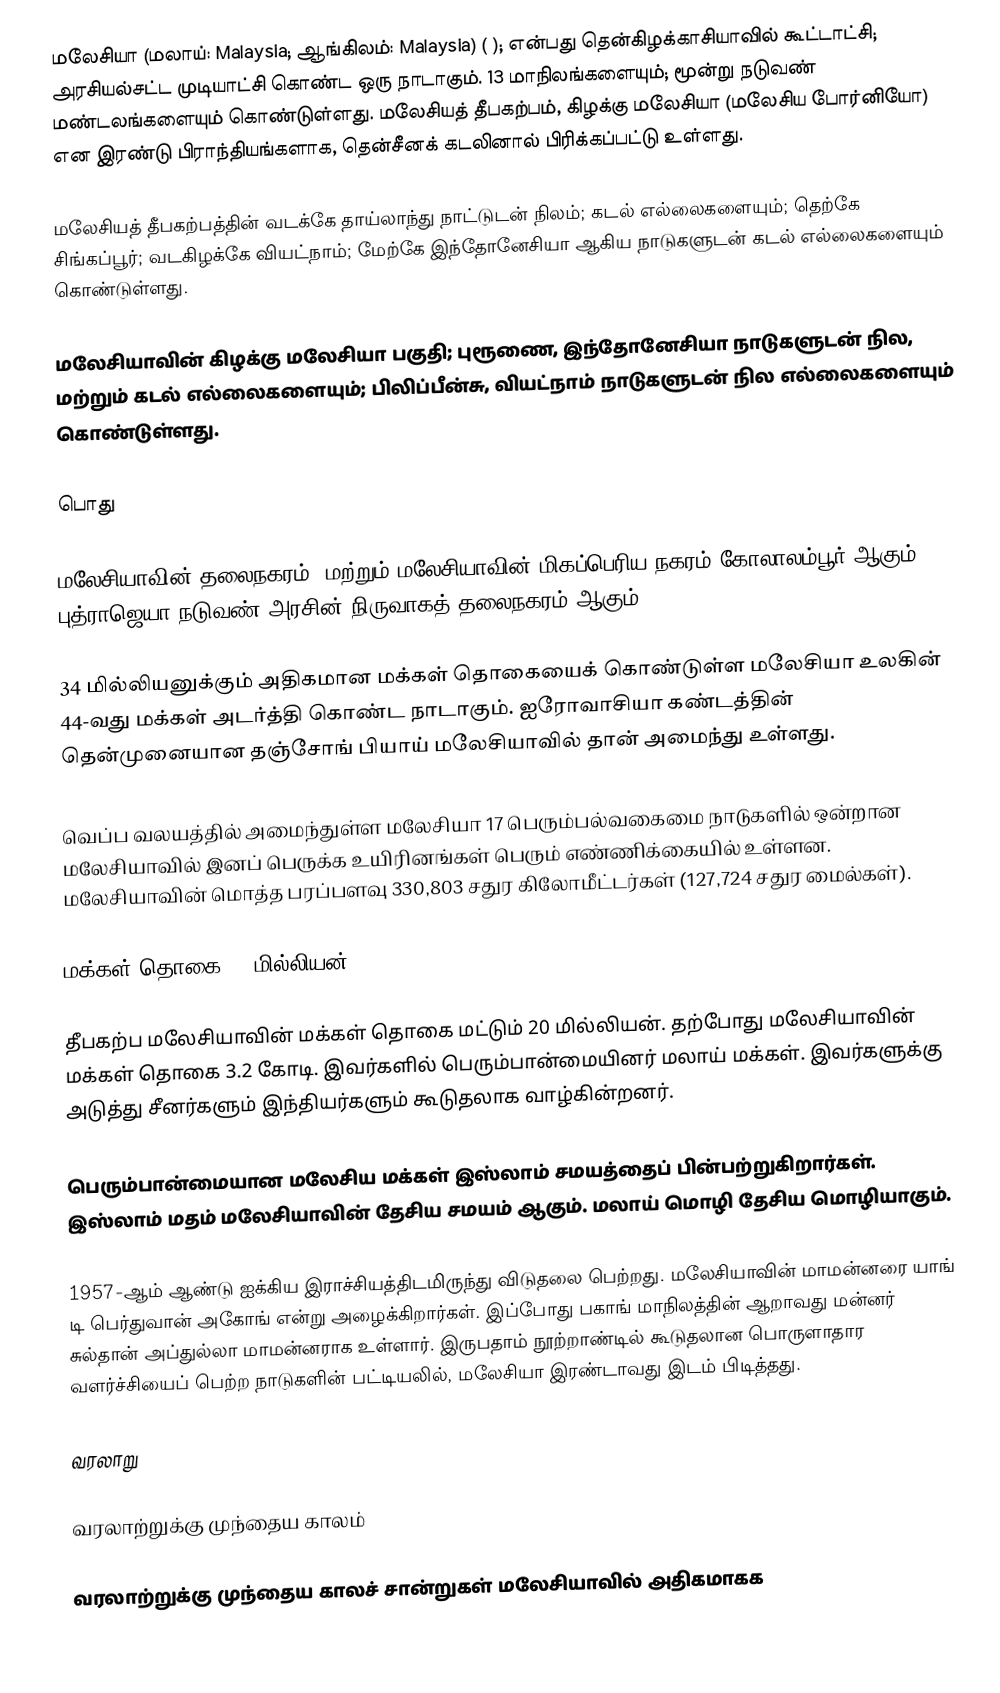
மலேசியா (மலாய்: Malaysia; ஆங்கிலம்: Malaysia) ( ); என்பது தென்கிழக்காசியாவில் கூட்டாட்சி; அரசியல்சட்ட முடியாட்சி கொண்ட ஒரு நாடாகும். 13 மாநிலங்களையும்; மூன்று நடுவண் மண்டலங்களையும் கொண்டுள்ளது. மலேசியத் தீபகற்பம், கிழக்கு மலேசியா (மலேசிய போர்னியோ) என இரண்டு பிராந்தியங்களாக, தென்சீனக் கடலினால் பிரிக்கப்பட்டு உள்ளது.

மலேசியத் தீபகற்பத்தின் வடக்கே தாய்லாந்து நாட்டுடன் நிலம்; கடல் எல்லைகளையும்; தெற்கே சிங்கப்பூர்; வடகிழக்கே வியட்நாம்; மேற்கே இந்தோனேசியா ஆகிய நாடுகளுடன் கடல் எல்லைகளையும் கொண்டுள்ளது.

மலேசியாவின் கிழக்கு மலேசியா பகுதி; புரூணை, இந்தோனேசியா நாடுகளுடன் நில, மற்றும் கடல் எல்லைகளையும்; பிலிப்பீன்சு, வியட்நாம் நாடுகளுடன் நில எல்லைகளையும் கொண்டுள்ளது.

பொது

மலேசியாவின் தலைநகரம்; மற்றும் மலேசியாவின் மிகப்பெரிய நகரம் கோலாலம்பூர் ஆகும். புத்ராஜெயா நடுவண் அரசின் நிருவாகத் தலைநகரம் ஆகும்.

34 மில்லியனுக்கும் அதிகமான மக்கள் தொகையைக் கொண்டுள்ள மலேசியா உலகின் 44-வது மக்கள் அடர்த்தி கொண்ட நாடாகும். ஐரோவாசியா கண்டத்தின் தென்முனையான தஞ்சோங் பியாய் மலேசியாவில் தான் அமைந்து உள்ளது.

வெப்ப வலயத்தில் அமைந்துள்ள மலேசியா 17 பெரும்பல்வகைமை நாடுகளில் ஒன்றான மலேசியாவில் இனப் பெருக்க உயிரினங்கள் பெரும் எண்ணிக்கையில் உள்ளன. மலேசியாவின் மொத்த பரப்பளவு 330,803 சதுர கிலோமீட்டர்கள் (127,724 சதுர மைல்கள்).

மக்கள் தொகை 32 மில்லியன்

தீபகற்ப மலேசியாவின் மக்கள் தொகை மட்டும் 20 மில்லியன். தற்போது மலேசியாவின் மக்கள் தொகை 3.2 கோடி. இவர்களில் பெரும்பான்மையினர் மலாய் மக்கள். இவர்களுக்கு அடுத்து சீனர்களும் இந்தியர்களும் கூடுதலாக வாழ்கின்றனர்.

பெரும்பான்மையான மலேசிய மக்கள் இஸ்லாம் சமயத்தைப் பின்பற்றுகிறார்கள். இஸ்லாம் மதம் மலேசியாவின் தேசிய சமயம் ஆகும். மலாய் மொழி தேசிய மொழியாகும்.

1957-ஆம் ஆண்டு ஐக்கிய இராச்சியத்திடமிருந்து விடுதலை பெற்றது. மலேசியாவின் மாமன்னரை யாங் டி பெர்துவான் அகோங் என்று அழைக்கிறார்கள். இப்போது பகாங் மாநிலத்தின் ஆறாவது மன்னர் சுல்தான் அப்துல்லா மாமன்னராக உள்ளார். இருபதாம் நூற்றாண்டில் கூடுதலான பொருளாதார வளர்ச்சியைப் பெற்ற நாடுகளின் பட்டியலில், மலேசியா இரண்டாவது இடம் பிடித்தது.

வரலாறு

வரலாற்றுக்கு முந்தைய காலம்

வரலாற்றுக்கு முந்தைய காலச் சான்றுகள் மலேசியாவில் அதிகமாகக